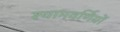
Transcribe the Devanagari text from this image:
श्यामवर्णियों